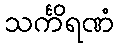
သင်္ကိရဏံ